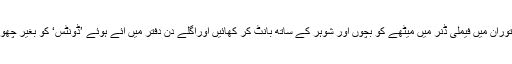
اسی طرح ریستوران میں فیملی ڈنر میں میٹھے کو بچوں اور شوہر کے ساتھ بانٹ کر کھائیں اوراگلے دن دفتر میں آئے ہوئے ’ڈونٹس‘ کو بغیر چھوئے جانے دیں۔